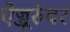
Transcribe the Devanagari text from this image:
ऐज्जूरुंवर